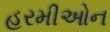
હરમીઓન